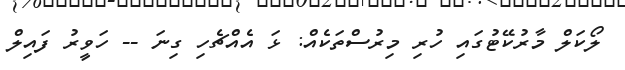
ލޯކަލް މާރުކޭޓުގައި ހުރި މިރުސްތަކެއް: ޅަ އެއްޗެހި ގިނަ -- ހަވީރު ފައިލް